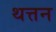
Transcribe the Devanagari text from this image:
थत्तन